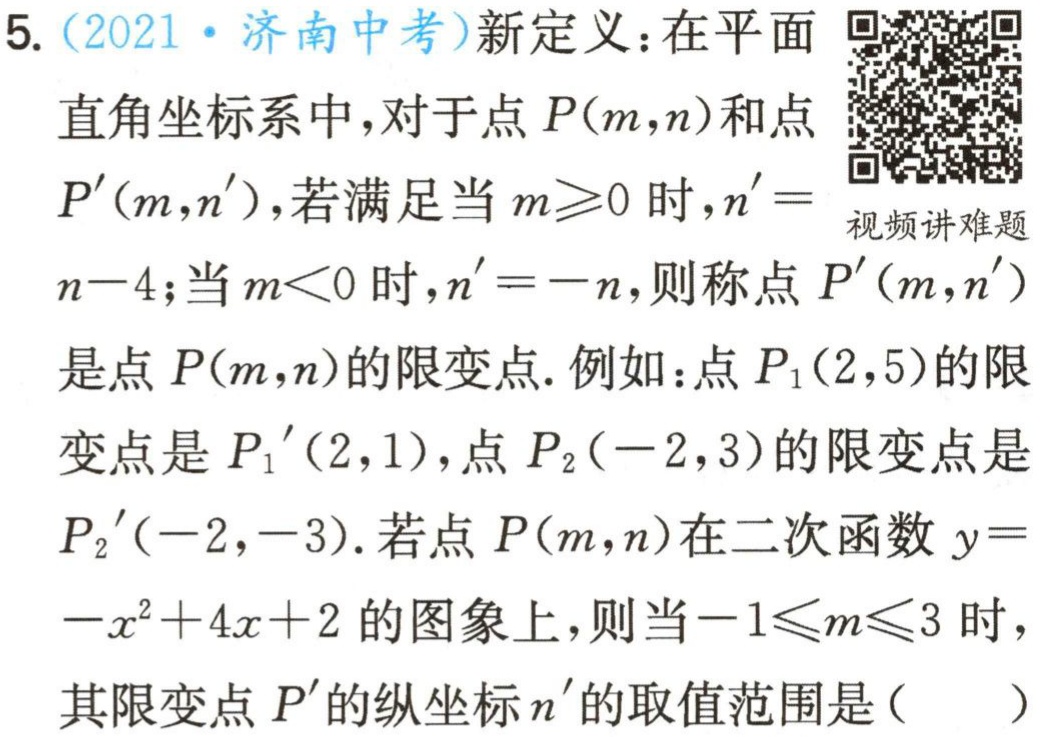
5. (2021·济南中考)新定义：在平面

直角坐标系中，对于点$P(m,n)$和点

$P'(m,n')$，若满足当$m\geqslant0$时，$n' =$

视频讲难题

$n - 4$；当$m<0$时，$n'=-n$，则称点$P'(m,n')$

是点$P(m,n)$的限变点. 例如：点$P_1(2,5)$的限

变点是$P_1'(2,1)$，点$P_2(-2,3)$的限变点是

$P_2'(-2,-3)$. 若点$P(m,n)$在二次函数$y =$

$-x^{2}+4x + 2$的图象上，则当$-1\leqslant m\leqslant3$时，

其限变点$P'$的纵坐标$n'$的取值范围是（  ）